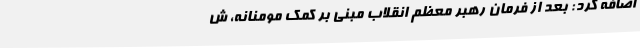
اضافه ‌کرد: ‌بعد از فرمان رهبر معظم انقلاب مبنی بر کمک مومنانه، ش